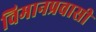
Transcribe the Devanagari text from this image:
विमानप्रवासी